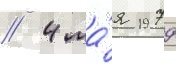
// 4 ма́я 1979